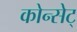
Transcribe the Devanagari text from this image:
कोन्सेट्